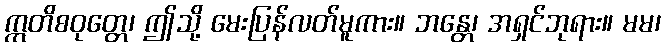
ဣတိစဝုတ္တေ၊ ဤသို့ မေးပြန်လတ်မူကား။ ဘန္တေ၊ အရှင်ဘုရား။ မမ၊